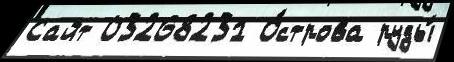
Сайт 03268231 О́строва руды́